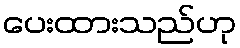
ပေးထားသည်ဟု